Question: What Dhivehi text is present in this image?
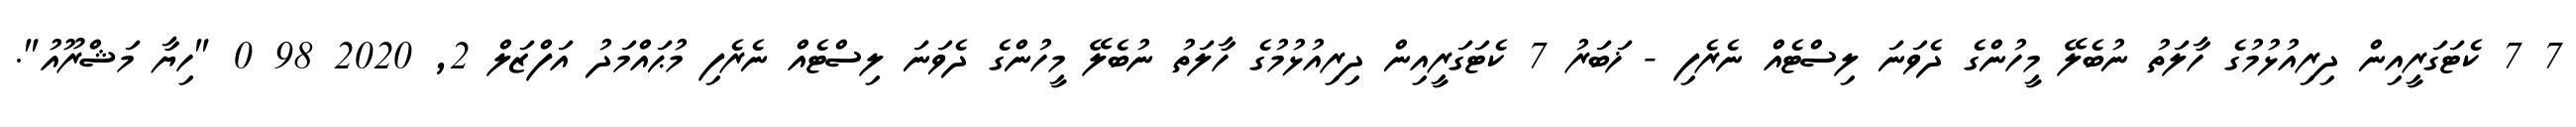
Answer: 7 7 ކެޓަގަރީއިން ދިރިއުޅުމުގެ ހާލަތު ނުބެލޭ މީހުންގެ ދެވަނަ ލިސްޓެއް ނެރެފި - ޚަބަރު 7 ކެޓަގަރީއިން ދިރިއުޅުމުގެ ހާލަތު ނުބެލޭ މީހުންގެ ދެވަނަ ލިސްޓެއް ނެރެފި މުޙައްމަދު އަފްޒަލް 2, 2020 98 0 "ހިޔާ މަޝްރޫއު".